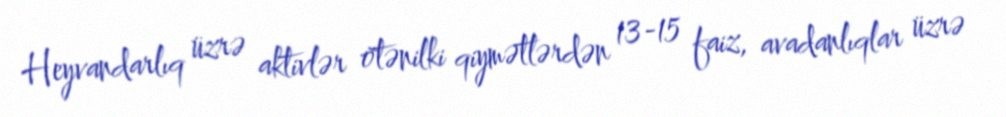
Heyvandarlıq üzrə aktivlər ötənilki qiymətlərdən 13-15 faiz, avadanlıqlar üzrə